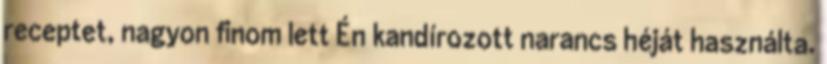
receptet, nagyon finom lett Én kandírozott narancs héját használta.